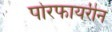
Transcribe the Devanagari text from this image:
पोरफायरीन